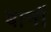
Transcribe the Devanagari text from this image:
बानों